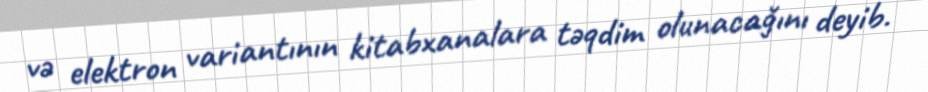
və elektron variantının kitabxanalara təqdim olunacağını deyib.